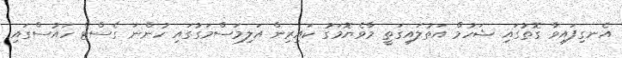
އެނގިފައިވާ ގޮތުގައި ޝަހުމް އަތުލައިގަތީ މާވެޔޮމަގު ކައިރިން އަލިމަސްމަގުގައި ހުންނަ ގެސްޓް ހައުސްގައި